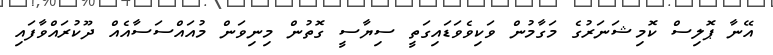
އޭނާ ޕޮލިސް ކޮމިޝަނަރުގެ މަގާމުން ވަކިވެވަޑައިގަތީ ސިޔާސީ ގޮތުން މިނިވަން މުއައްސަސާއެއް ދޫކުރައްވާފައި